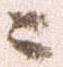
ニ